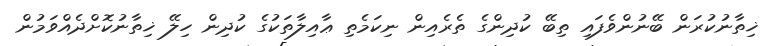
ޚިތާނުކުރަން ބޭނުންވެފައި ތިބޭ ކުދިންގެ ތެރެއިން ނިކަމެތި ޢާއިލާތަކުގެ ކުދިން ހިލޭ ޚިތާނުކޮށްދެއްވަމުން